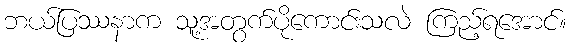
ဘယ်ပြဿနာက သူ့အတွက်ပိုကောင်းသလဲ ကြည့်ရအောင်။